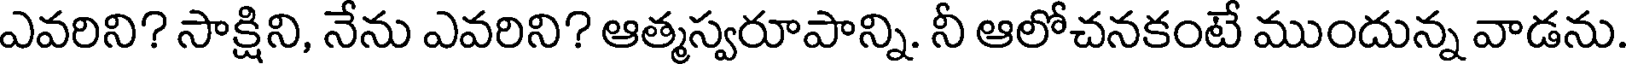
ఎవరిని? సాక్షిని, నేను ఎవరిని? ఆత్మస్వరూపాన్ని. నీ ఆలోచనకంటే ముందున్న వాడను